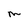
Character: M